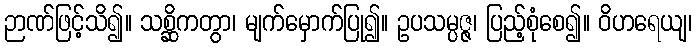
ဉာဏ်ဖြင့်သိ၍။ သစ္ဆိကတွာ၊ မျက်မှောက်ပြု၍။ ဥပသမ္ပဇ္ဇ၊ ပြည့်စုံစေ၍။ ဝိဟရေယျ၊